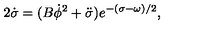
2 \dot { \sigma } = ( B \dot { \phi } ^ { 2 } + \ddot { \sigma } ) e ^ { - ( \sigma - \omega ) / 2 } ,